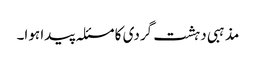
مذہبی دہشت گردی کا مسئلہ پیدا ہوا۔